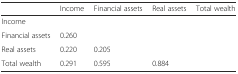
<table><thead><tr><td></td><td><b>Income</b></td><td><b>Financial assets</b></td><td><b>Real assets</b></td><td><b>Total wealth</b></td></tr></thead><tbody><tr><td>Income</td><td></td><td></td><td></td><td></td></tr><tr><td>Financial assets</td><td>0.260</td><td></td><td></td><td></td></tr><tr><td>Real assets</td><td>0.220</td><td>0.205</td><td></td><td></td></tr><tr><td>Total wealth</td><td>0.291</td><td>0.595</td><td>0.884</td><td></td></tr></tbody></table>